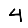
Digit: 4